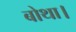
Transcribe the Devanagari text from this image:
बोथा।